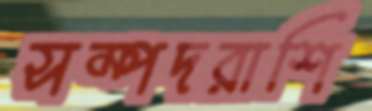
সম্পদরাশি